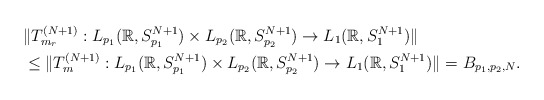
\begin{align*}&\Vert T_{ m_r }^{(N+1)}: L_{p_1}(\mathbb{R}, S_{p_1}^{N+1}) \times L_{p_2}(\mathbb{R}, S_{p_2}^{N+1} ) \rightarrow L_{1}(\mathbb{R}, S_{1}^{N+1}) \Vert \\& \leq \Vert T_{ m}^{(N+1)}: L_{p_1}(\mathbb{R}, S_{p_1}^{N+1}) \times L_{p_2}(\mathbb{R}, S_{p_2}^{N+1} ) \rightarrow L_{1}(\mathbb{R}, S_{1}^{N+1}) \Vert = B_{p_1, p_2,N}.\end{align*}